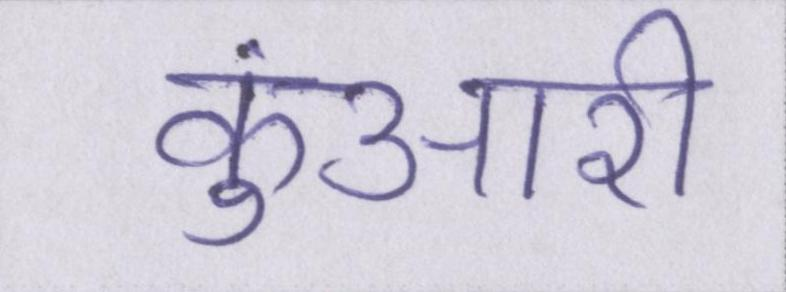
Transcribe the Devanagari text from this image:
कुंआरी